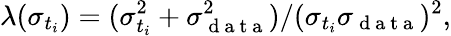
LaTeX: \lambda(\sigma_{t_{i}})=(\sigma_{t_{i}}^{2}+\sigma_{\mathrm{~d~a~t~a~}}^{2})/(\sigma_{t_{i}}\sigma_{\mathrm{~d~a~t~a~}})^{2},